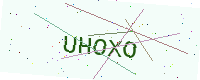
Text: UHOXO